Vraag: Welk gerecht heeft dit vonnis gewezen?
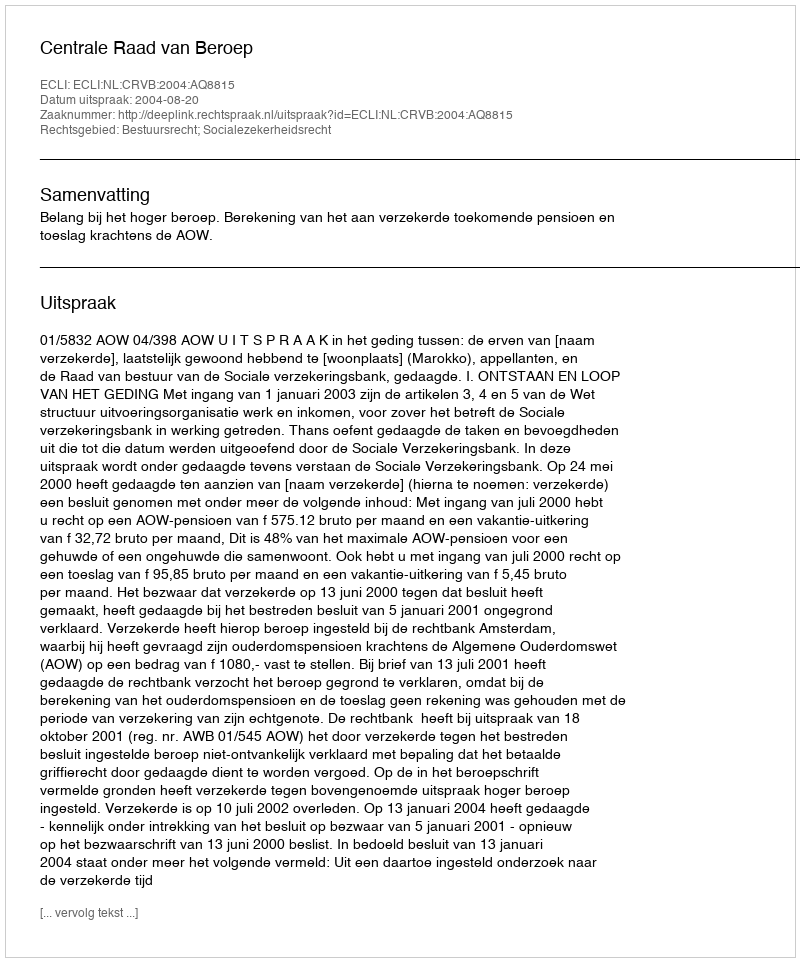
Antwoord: Centrale Raad van Beroep